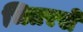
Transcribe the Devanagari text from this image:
भितरसे